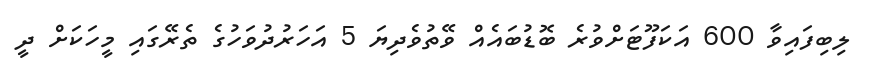
ލިބިފައިވާ 600 އަކަފޫޓަށްވުރެ ބޮޑުބައެއް ވޭތުވެދިޔަ 5 އަހަރުދުވަހުގެ ތެރޭގައި މީހަކަށް ދީ